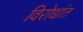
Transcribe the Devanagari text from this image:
विरोधांत